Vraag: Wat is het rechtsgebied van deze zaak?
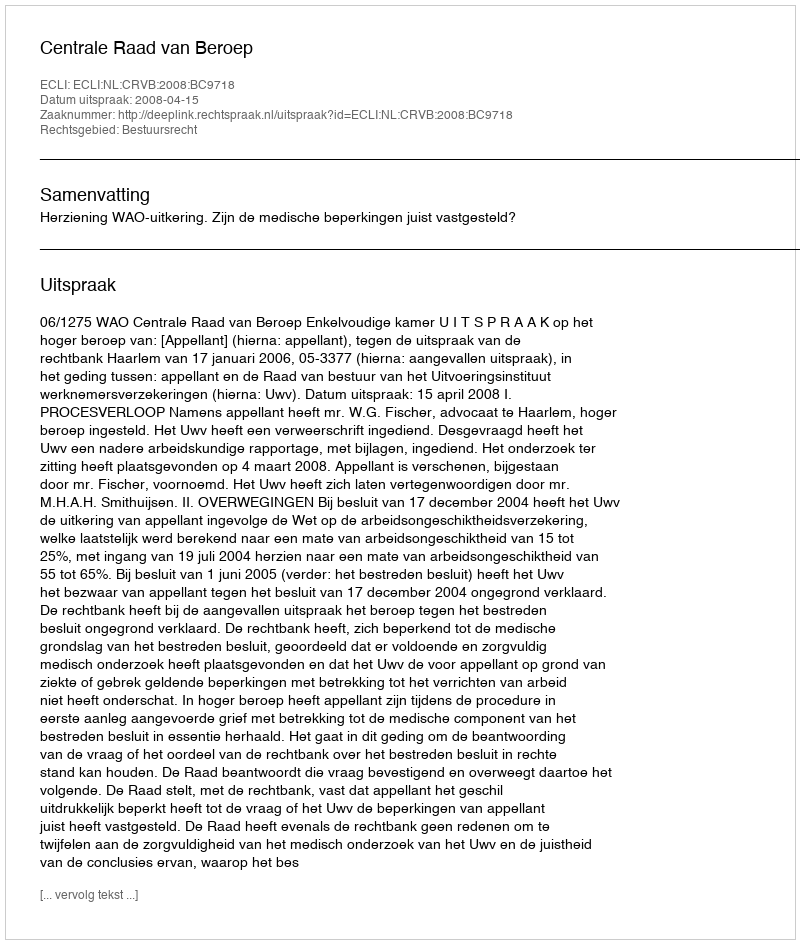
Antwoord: Bestuursrecht